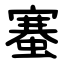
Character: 䗙